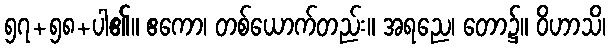
၅၇+၅၈+ပါ၏။ ဧကော၊ တစ်ယောက်တည်း။ အရညေ၊ တော၌။ ဝိဟာသိ၊